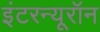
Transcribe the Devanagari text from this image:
इंटरन्यूरॉन